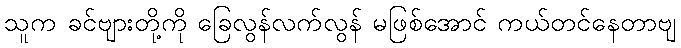
သူက ခင်ဗျားတို့ကို ခြေလွန်လက်လွန် မဖြစ်အောင် ကယ်တင်နေတာဗျ